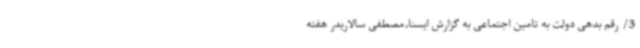
3/ رقم بدهی دولت به تامین اجتماعی به گزارش ایسنا،مصطفی سالاریدر هفته